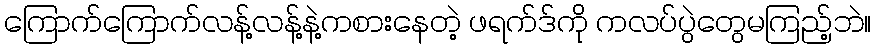
ကြောက်ကြောက်လန့်လန့်နဲ့ကစားနေတဲ့ ဖရက်ဒ်ကို ကလပ်ပွဲတွေမကြည့်ဘဲ။